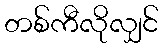
တစ်ကီလိုလျှင်